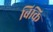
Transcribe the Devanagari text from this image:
बिकि